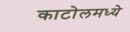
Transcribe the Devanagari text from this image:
काटोलमध्ये